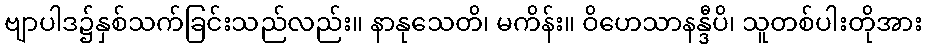
ဗျာပါဒ၌နှစ်သက်ခြင်းသည်လည်း။ နာနုသေတိ၊ မကိန်း။ ဝိဟေသာနန္ဒီပိ၊ သူတစ်ပါးတိုအား